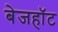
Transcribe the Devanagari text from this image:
बेजहॉट